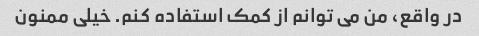
در واقع، من می توانم از کمک استفاده کنم. خیلی ممنون